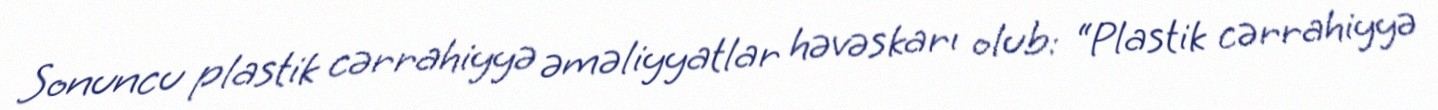
Sonuncu plastik cərrahiyyə əməliyyatlar həvəskarı olub: “Plastik cərrahiyyə